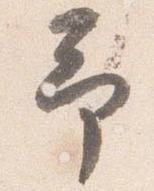
予